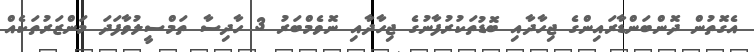
އެގޮތުން ދޮންބަންޑާރައިންގެ ޖިހާދާއި ބޮޑުތަކުރުފާނުގެ ޖިހާދާއި ނޮވެމްބަރު 3 ހާދިސާ ތަމްސީލުވާފަދަ މަންޒަރުތަކެއް